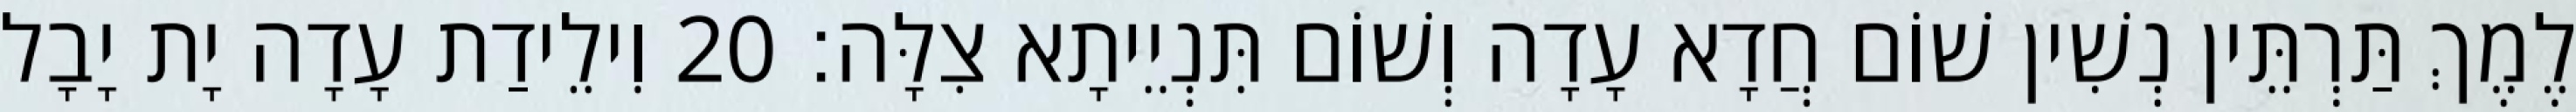
לֶמֶךְ תַּרְתֵּין נְשִׁין שׁוֹם חֲדָא עָדָה וְשׁוֹם תִּנְיֵיתָא צִלָּה׃ 20 וִילֵידַת עָדָה יָת יָבָל